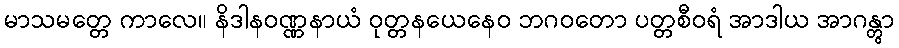
မာသမတ္တေ ကာလေ။ နိဒါနဝဏ္ဏနာယံ ဝုတ္တနယေနေဝ ဘဂဝတော ပတ္တစီဝရံ အာဒါယ အာဂန္တွာ